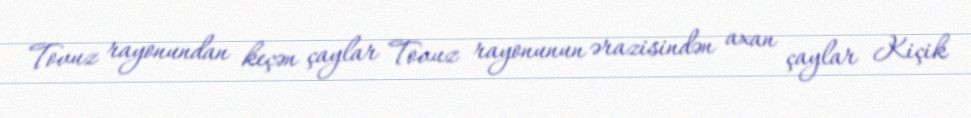
Tovuz rayonundan keçən çaylar Tovuz rayonunun ərazisindən axan çaylar Kiçik